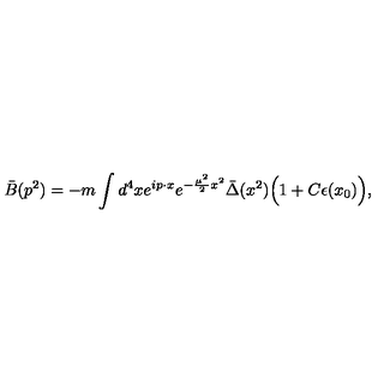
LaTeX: \bar { B } ( p ^ { 2 } ) = - m \int d ^ { 4 } x e ^ { i p \cdot x } e ^ { - { \frac { \mu ^ { 2 } } { 2 } } x ^ { 2 } } \bar { \Delta } ( x ^ { 2 } ) \Big ( 1 + C \epsilon ( x _ { 0 } ) \Big ) ,